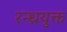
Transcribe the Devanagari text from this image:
रन्ध्रयुक्त